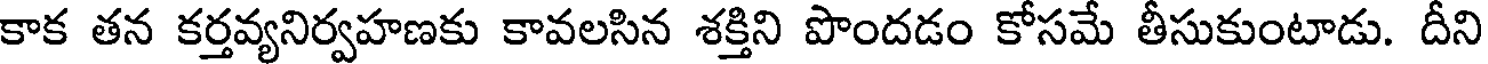
కాక తన కర్తవ్యనిర్వహణకు కావలసిన శక్తిని పొందడం కోసమే తీసుకుంటాడు. దీని